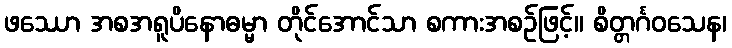
ဖဿော အစအရူပိနောဓမ္မာ တိုင်အောင်သာ စကားအစဉ်ဖြင့်။ စိတ္တင်္ဂဝသေန၊